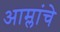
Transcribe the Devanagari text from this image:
आम्लांचे